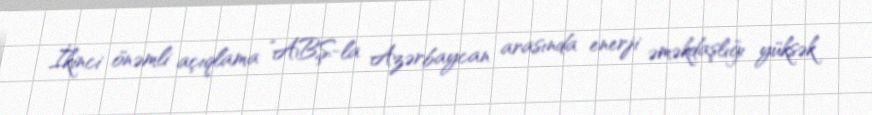
İkinci önəmli açıqlama ”ABŞ-la Azərbaycan arasında enerji əməkdaşlığı yüksək